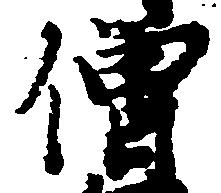
僧